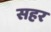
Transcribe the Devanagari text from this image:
सहर